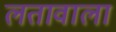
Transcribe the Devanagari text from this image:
लतावाला